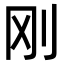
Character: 刚